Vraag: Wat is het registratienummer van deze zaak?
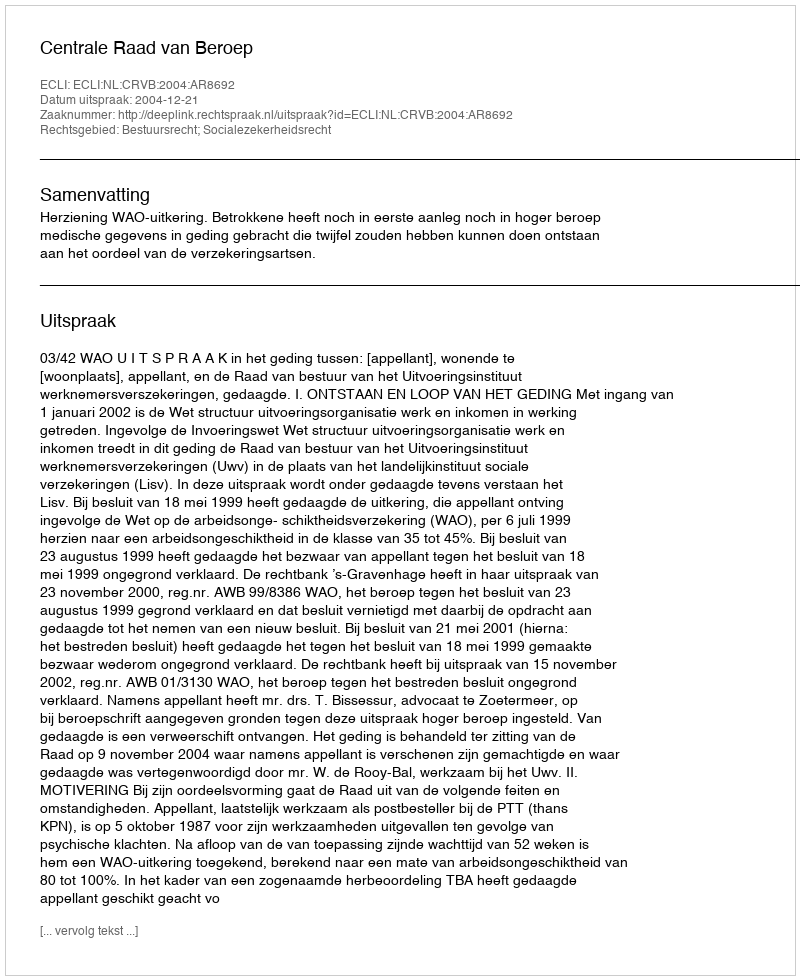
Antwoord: http://deeplink.rechtspraak.nl/uitspraak?id=ECLI:NL:CRVB:2004:AR8692